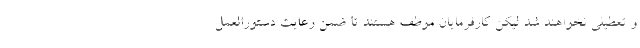
و تعطیلی نخواهند شد لیکن کارفرمایان موظف هستند تا ضمن رعایت دستورالعمل